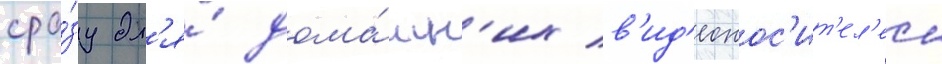
сра́зу дл'я́ дома́шн'их в'ид'еонос'ит'ел'еи